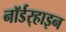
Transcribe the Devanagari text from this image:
नॉर्डर्‍हाइन